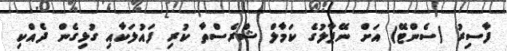
ފާސިރު (ސެންޓޭޭ) އަށް ނޭޕާލުގެ ކަމާލް ޝްރެސްތާ ކުރި ފައުލަކާއި ގުޅިގެން ދެއްކި